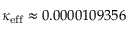
\kappa _ { \mathrm { e f f } } \approx 0 . 0 0 0 0 1 0 9 3 5 6